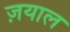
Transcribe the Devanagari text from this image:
ज़याल